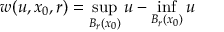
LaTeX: w ( u , x _ { 0 } , r ) = \operatorname* { s u p } _ { B _ { r } ( x _ { 0 } ) } u - \operatorname* { i n f } _ { B _ { r } ( x _ { 0 } ) } u